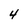
Character: 4